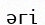
әгі